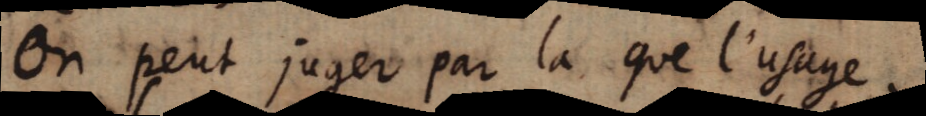
On peut juger par la que l’usage